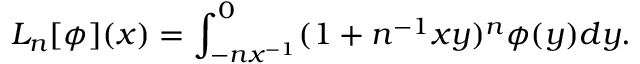
L _ { n } [ \phi ] ( x ) = \int _ { - n x ^ { - 1 } } ^ { 0 } ( 1 + n ^ { - 1 } x y ) ^ { n } \phi ( y ) d y .